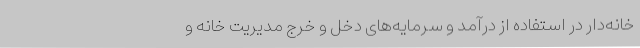
خانه‌دار در استفاده از درآمد و سرمایه‌های دخل و خرج مدیریت خانه و